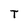
Character: T